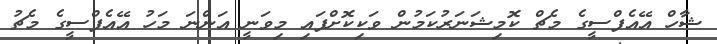
ޝާހް އޭއެފްސީގެ މެޗް ކޮމިޝަނަރުކަމުން ވަކިކޮށްފައި މިވަނީ އަންނަ މަހު އޭއެފްސީގެ މެޗު